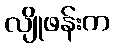
လျိုဖန်းက